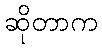
ဆိုတာက